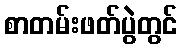
စာတမ်းဖတ်ပွဲတွင်